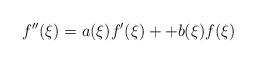
LaTeX: \begin{align*} f''(\xi)=a(\xi)f'(\xi)++b(\xi)f(\xi)\end{align*}